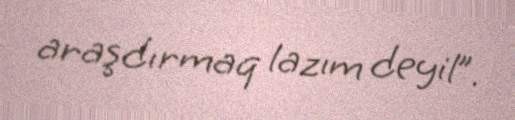
araşdırmaq lazım deyil”.